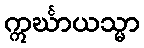
ဣင်္ဃာယသ္မာ